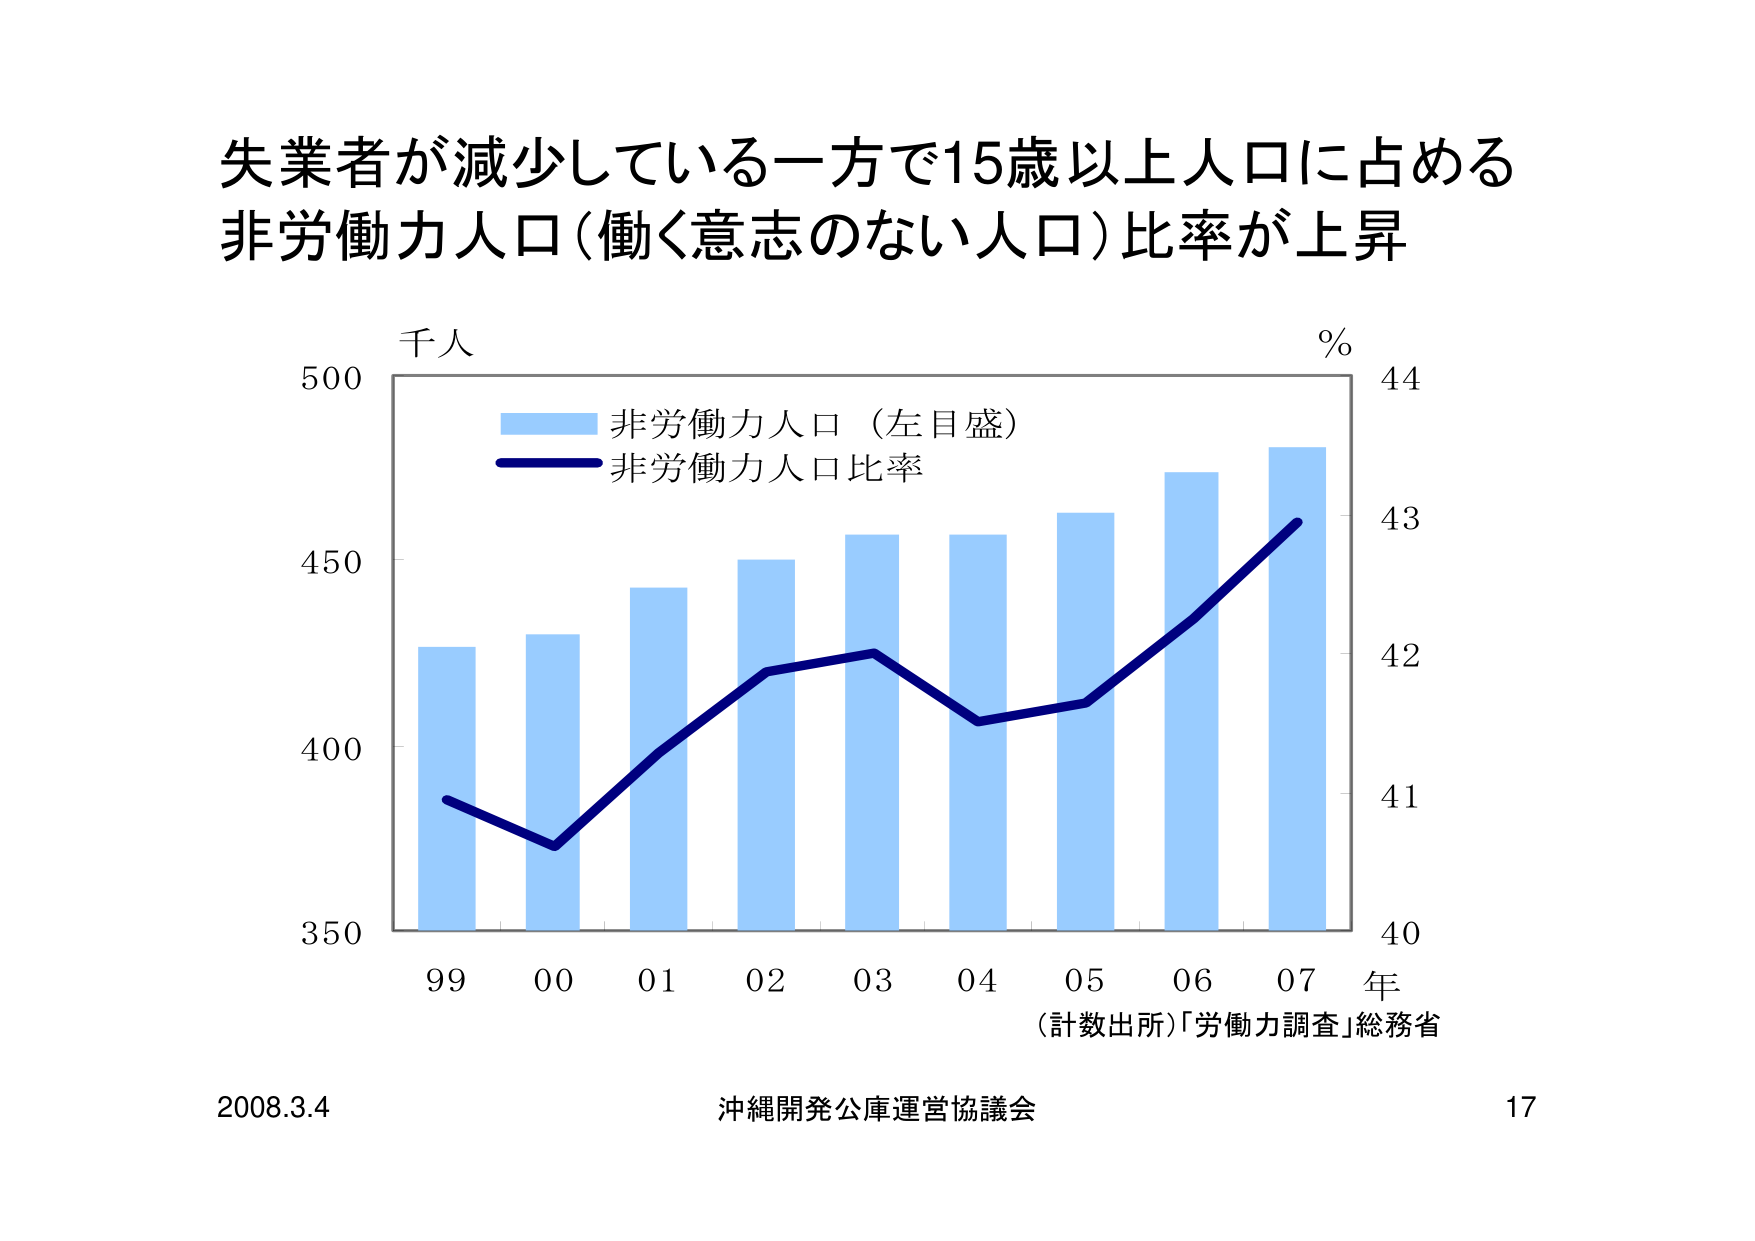
失業者が減少している一方で15歳以上人口に占める
非労働力人口（働く意志のない人口）比率が上昇

千人
%
500
44
非労働力人口（左目盛）
非労働力人口比率
450
43
400
42
350
41
99  00  01  02  03  04  05  06  07 年
（計数出所）「労働力調査」総務省

2008.3.4
沖縄開発公庫運営協議会
17